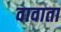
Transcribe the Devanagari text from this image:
वावाता